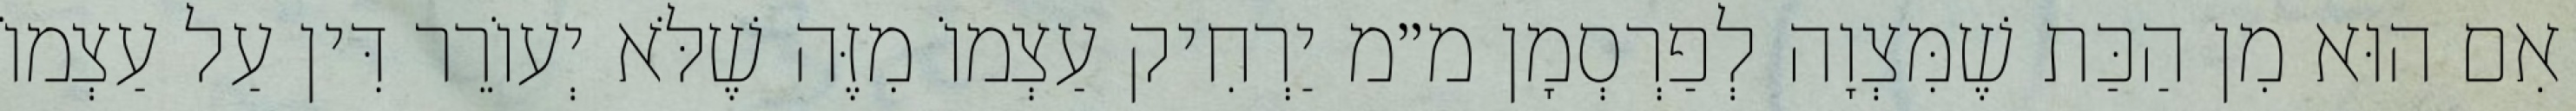
אִם הוּא מִן הַכַּת שֶׁמִּצְוָה לְפַרְסְמָן מ״מ יַרְחִיק עַצְמוֹ מִזֶּה שֶׁלֹּא יְעוֹרֵר דִּין עַל עַצְמוֹ